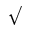
\surd